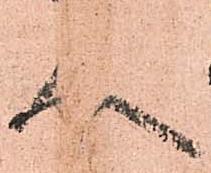
人